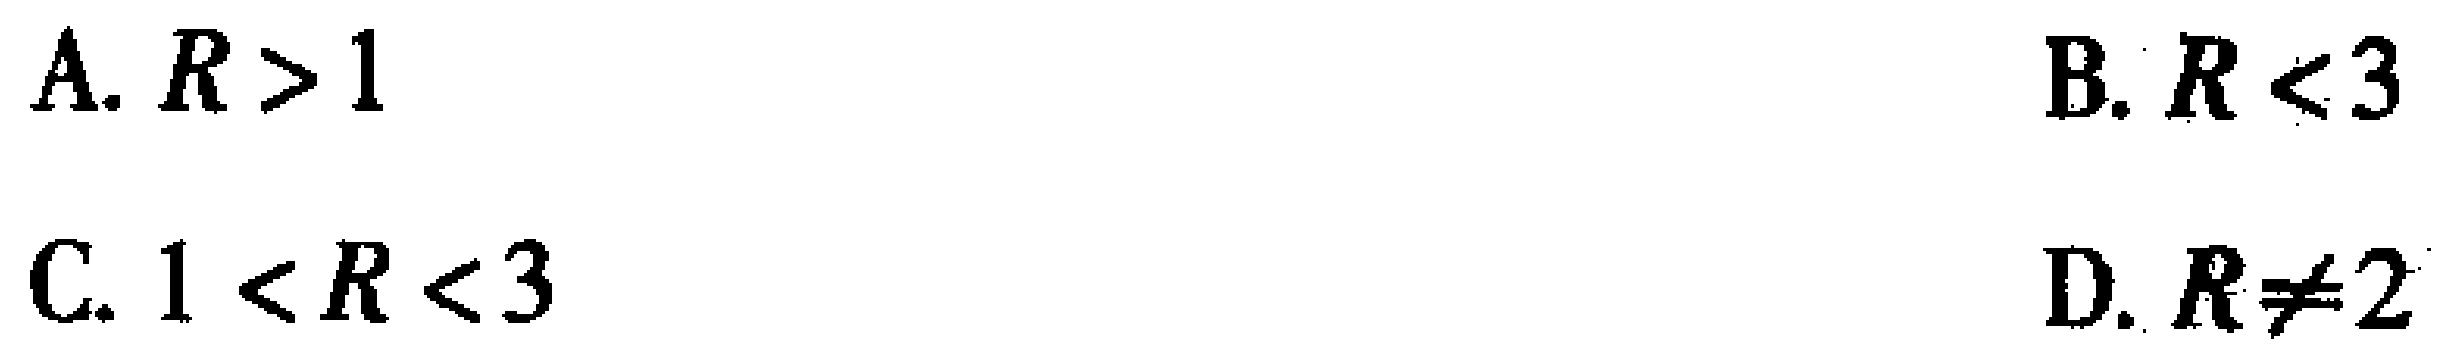
A. \(R > 1\)
B. \(R < 3\)
C. \(1 < R < 3\)
D. \(R\neq2\)